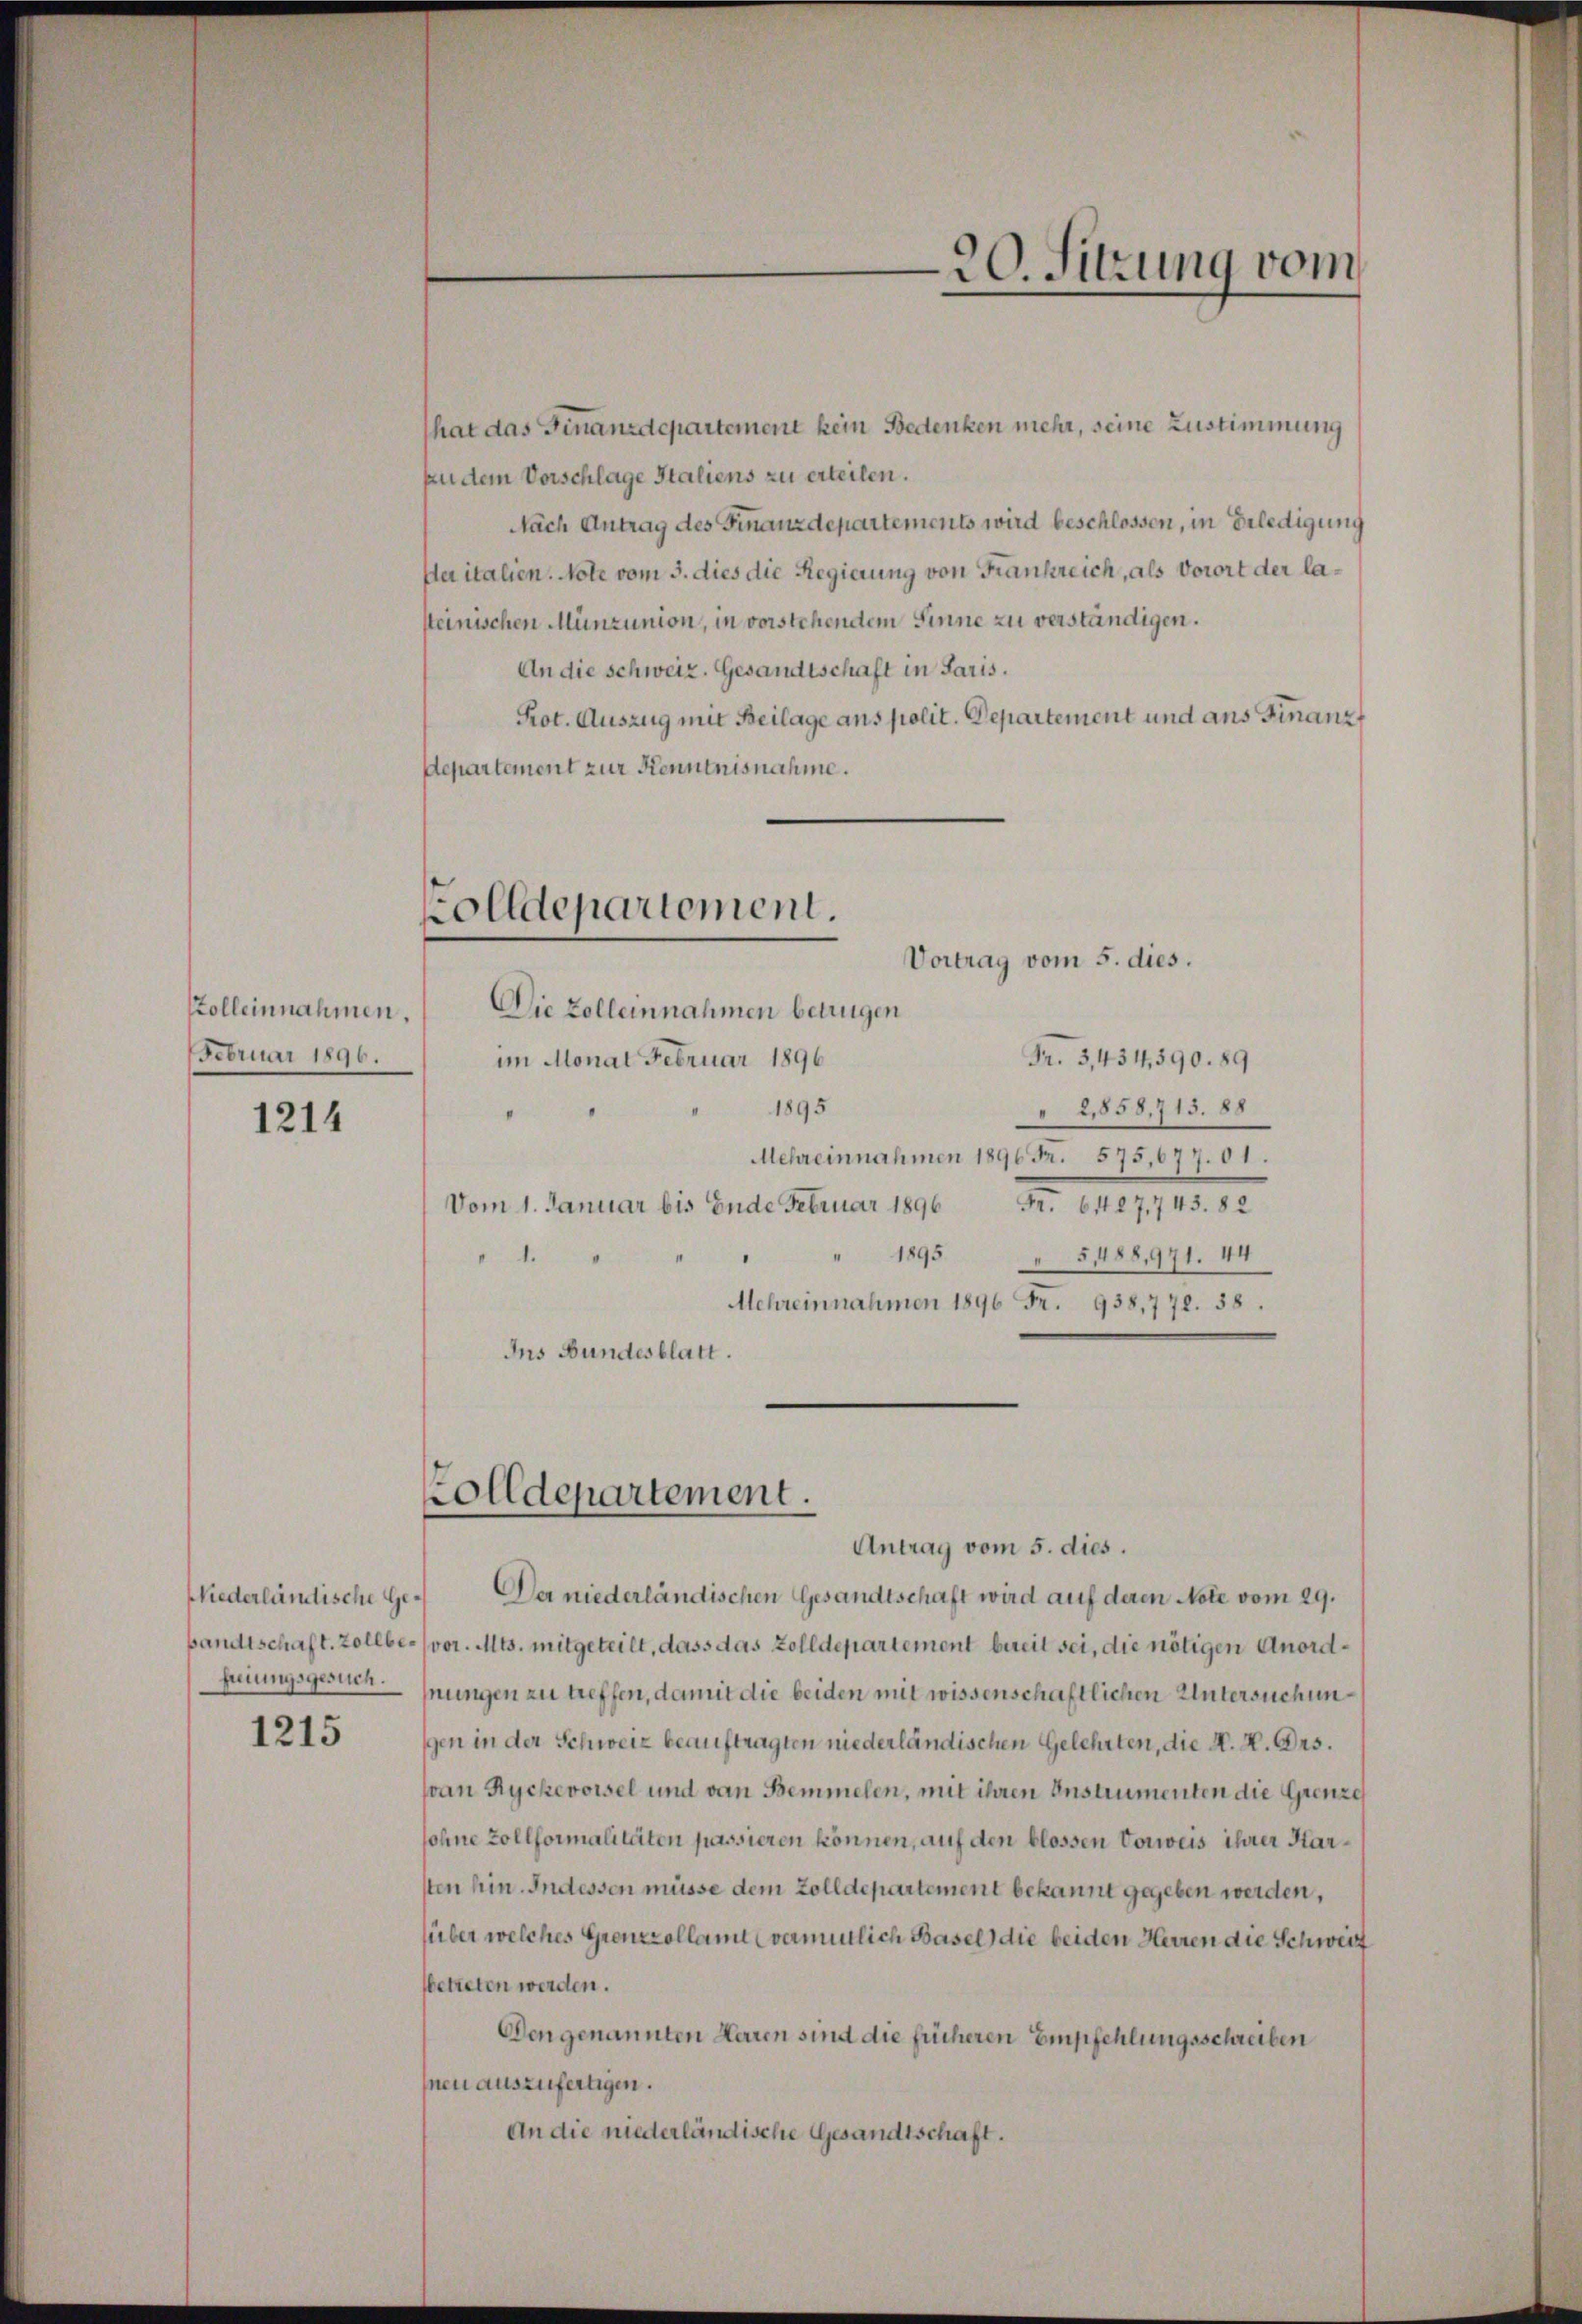
Kolleinnahmen.
Februar 1896.

1214

Niederländische Gefreiungsgesuch.

1215

hat das Finanzdepartement kein Bedenken mehr, seine Zustimmung
zudem Vorschlage Staliens zu erteilen.
Nach Antrag des Finanzdepartements wird beschlossen, in Erledigung
sler italien. Note vom 3. dies die Regierung von Frankreich, als Vorort der lasteinischen Münzunion, in vorstehendem Sinne zu verständigen.
An die schweiz. Gesandtschaft in Paris.
Prot. Auszug mit Beilage ans polit. Departement und aus Finanz
Departement zur Kenntnisnahme.

olldepartement.
Vortrag vom 5. dies.

Zolldepartement.

Die Zolleinnahmen betrügen
Fr. 3,434, 390. 89
im Monat Februar 1896
1895
" 2,858,713. 88
Mehreinnahmen 1896. 575,077. 61.
Fr. 11. 11. 12
Vom 1. Januar bis Ende Februar 1896
" " 1895 " 5488971. 44
o
Mehreinnahmen 1896 Fr. 938,772. 58.
Ins Bundesblatt.

Antrag vom 5. dies.
Der niederländischen Gesandtschaft wird auf deren Note vom 29.
bandtschaft. Zollber (vor. Mts. mitgeteilt, dass das Zolldepartement bereit sei, die nötigen Anordhnungen zu treffen, damit die beiden mit wissenschaftlichen Untersuchungen in der Schweiz beauftragten niederländischen Gelehrten, die N. V. Ors.
an Rychevoisel und von Bemmelen, mit ihren Instrumenten die Grenze
sohne Zollformalitäten passieren können, auf den blossen Vorweis ihrer Karsten hin. Indessen müsse dem Zolldepartement bekannt gegeben werden,
über welches Grenzzollamt (vermutlich Basel, die beiden Herren die Schweiz
sbetreten werden.
Den genannten Haren sind die früheren Empfehlungsschreiben
hnen auszufertigen.
An die niederländische Gesandtschaft.

20. Sitzung vom